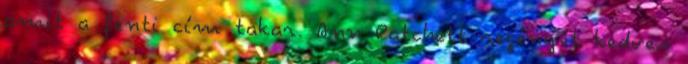
amit a fenti cím takar. Ann Patchett regényét kedves